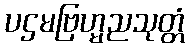
ပဌမဗြဟ္မညသုတ္တံ